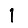
Digit: 1